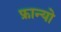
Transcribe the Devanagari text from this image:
फ्रान्यो